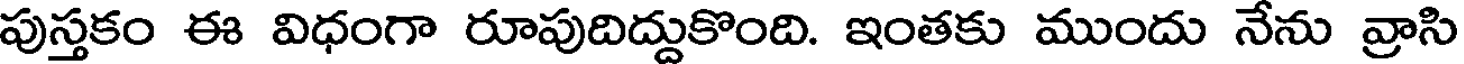
పుస్తకం ఈ విధంగా రూపుదిద్దుకొంది. ఇంతకు ముందు నేను వ్రాసి